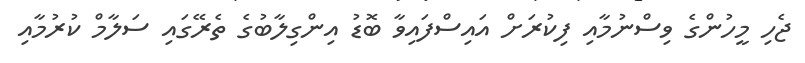
ޖެހި މީހުންގެ ވިސްނުމާއި ފިކުރަށް އައިސްފައިވާ ބޮޑު އިންގިލާބުގެ ތެރޭގައި ސަލާމް ކުރުމާއި